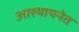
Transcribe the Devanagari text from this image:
आस्थापनेत